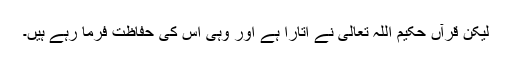
لیکن قرآں حکیم اللہ تعالی نے اتارا ہے اور وہی اس کی حفاظت فرما رہے ہیں۔